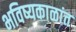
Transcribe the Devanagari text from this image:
भविष्यकाळांत